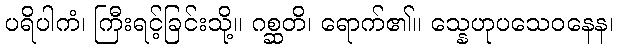
ပရိပါကံ၊ ကြီးရင့်ခြင်းသို့။ ဂစ္ဆတိ၊ ရောက်၏။ သ္နေဟုပသေဝနေန၊